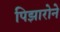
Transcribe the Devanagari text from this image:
पिझारोने